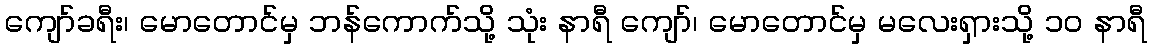
ကျော်ခရီး၊ မောတောင်မှ ဘန်ကောက်သို့ သုံး နာရီ ကျော်၊ မောတောင်မှ မလေးရှားသို့ ၁၀ နာရီ